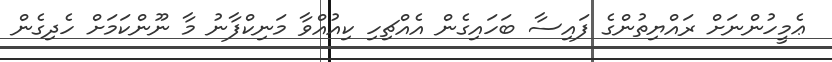
ޢެމީހުންނަށް ރައްޔިތުންގެ ފައިސާ ބަހައިގެން އެއްޗިހި ކިއުއްވާ މަނިކްފާނު މާ ނޫންކަމަށް ހެދިގެން